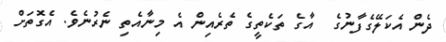
ދެން އެކަލޭގެފާނުގެ  އާގެ ތަކެތީގެ ތެރެއިން އެ މިނާއެތި ނެރުނެވެ. އެގޮތަށް